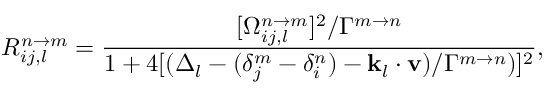
R _ { i j , l } ^ { n \rightarrow m } = \frac { [ \Omega _ { i j , l } ^ { n \rightarrow m } ] ^ { 2 } / \Gamma ^ { m \rightarrow n } } { 1 + 4 [ ( \Delta _ { l } - ( \delta _ { j } ^ { m } - \delta _ { i } ^ { n } ) - \mathbf { k } _ { l } \cdot \mathbf { v } ) / \Gamma ^ { m \rightarrow n } ) ] ^ { 2 } } ,